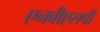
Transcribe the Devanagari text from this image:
एनबीएसपी